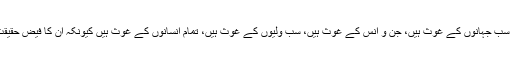
لوگ تو فقط غوث الثقلین کہتے ہیں، میں کہتا ہوں وہ تو سب جہانوں کے غوث ہیں، جن و انس کے غوث ہیں، سب ولیوں کے غوث ہیں، تمام انسانوں کے غوث ہیں کیونکہ ان کا فیض حقیقت میں فیض رحمۃ اللعالمین صلی اللہ علیہ وآلہ وسلم ہے۔